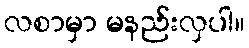
လစာမှာ မနည်းလှပါ။